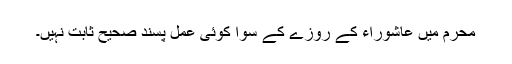
محرم میں عاشوراء کے روزے کے سوا کوئی عمل پسند صحیح ثابت نہیں۔